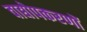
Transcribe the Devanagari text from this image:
वाद्योपकरणों